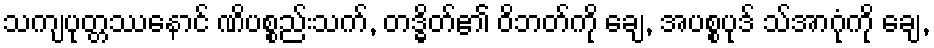
သကျပုတ္တဿနောင် ဏိပစ္စည်းသက်, တဒ္ဓိတ်၏ ဝိဘတ်ကို ချေ, အပစ္စပုဒ် သ်အာဂုံကို ချေ,